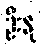
ဦးနု